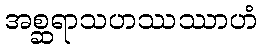
အစ္ဆရာသဟဿဿာဟံ